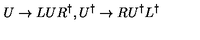
U \rightarrow L U R ^ { \dag } , U ^ { \dag } \rightarrow R U ^ { \dag } L ^ { \dag }